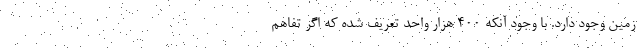
زمین وجود دارد. با وجود آنکه ۴۰۰ هزار واحد تعریف شده که اگر تفاهم